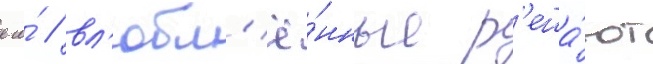
его́ / вл'юбл'ё́нные р'еша́ют